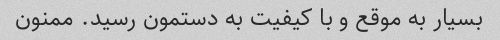
بسیار به موقع و با کیفیت به دستمون رسید. ممنون